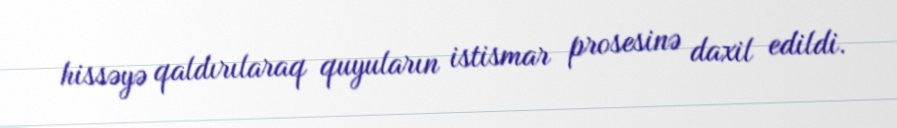
hissəyə qaldırılaraq quyuların istismar prosesinə daxil edildi.